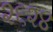
૨૬૨૪